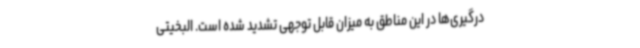
درگیری‌ها در این مناطق به میزان قابل توجهی تشدید شده است. البخیتی